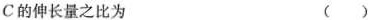
C的伸长量之比为 ()